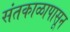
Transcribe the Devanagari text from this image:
संतकाळापासून